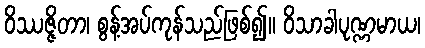
ဝိဿဇ္ဇိတာ၊ စွန့်အပ်ကုန်သည်ဖြစ်၍။ ဝိသာခါပုဏ္ဏမာယ၊